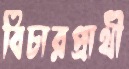
বিচারপ্রার্থী